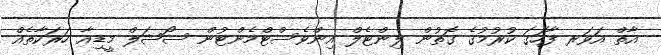
އާތް އަވަރ ފާހަގަ ކުރުމުގެ ގޮތުން ލިންޓެލް އިންވެސްޓްމެންޓުން ސޯޝަލް މީޑިއާ ހަރަކާތެއް